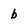
Character: b